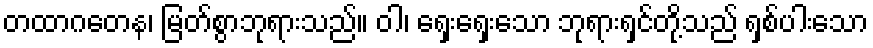
တထာဂတေန၊ မြတ်စွာဘုရားသည်။ ဝါ၊ ရှေးရှေးသော ဘုရားရှင်တို့သည် ရှစ်ပါးသော